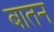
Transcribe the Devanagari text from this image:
बातन